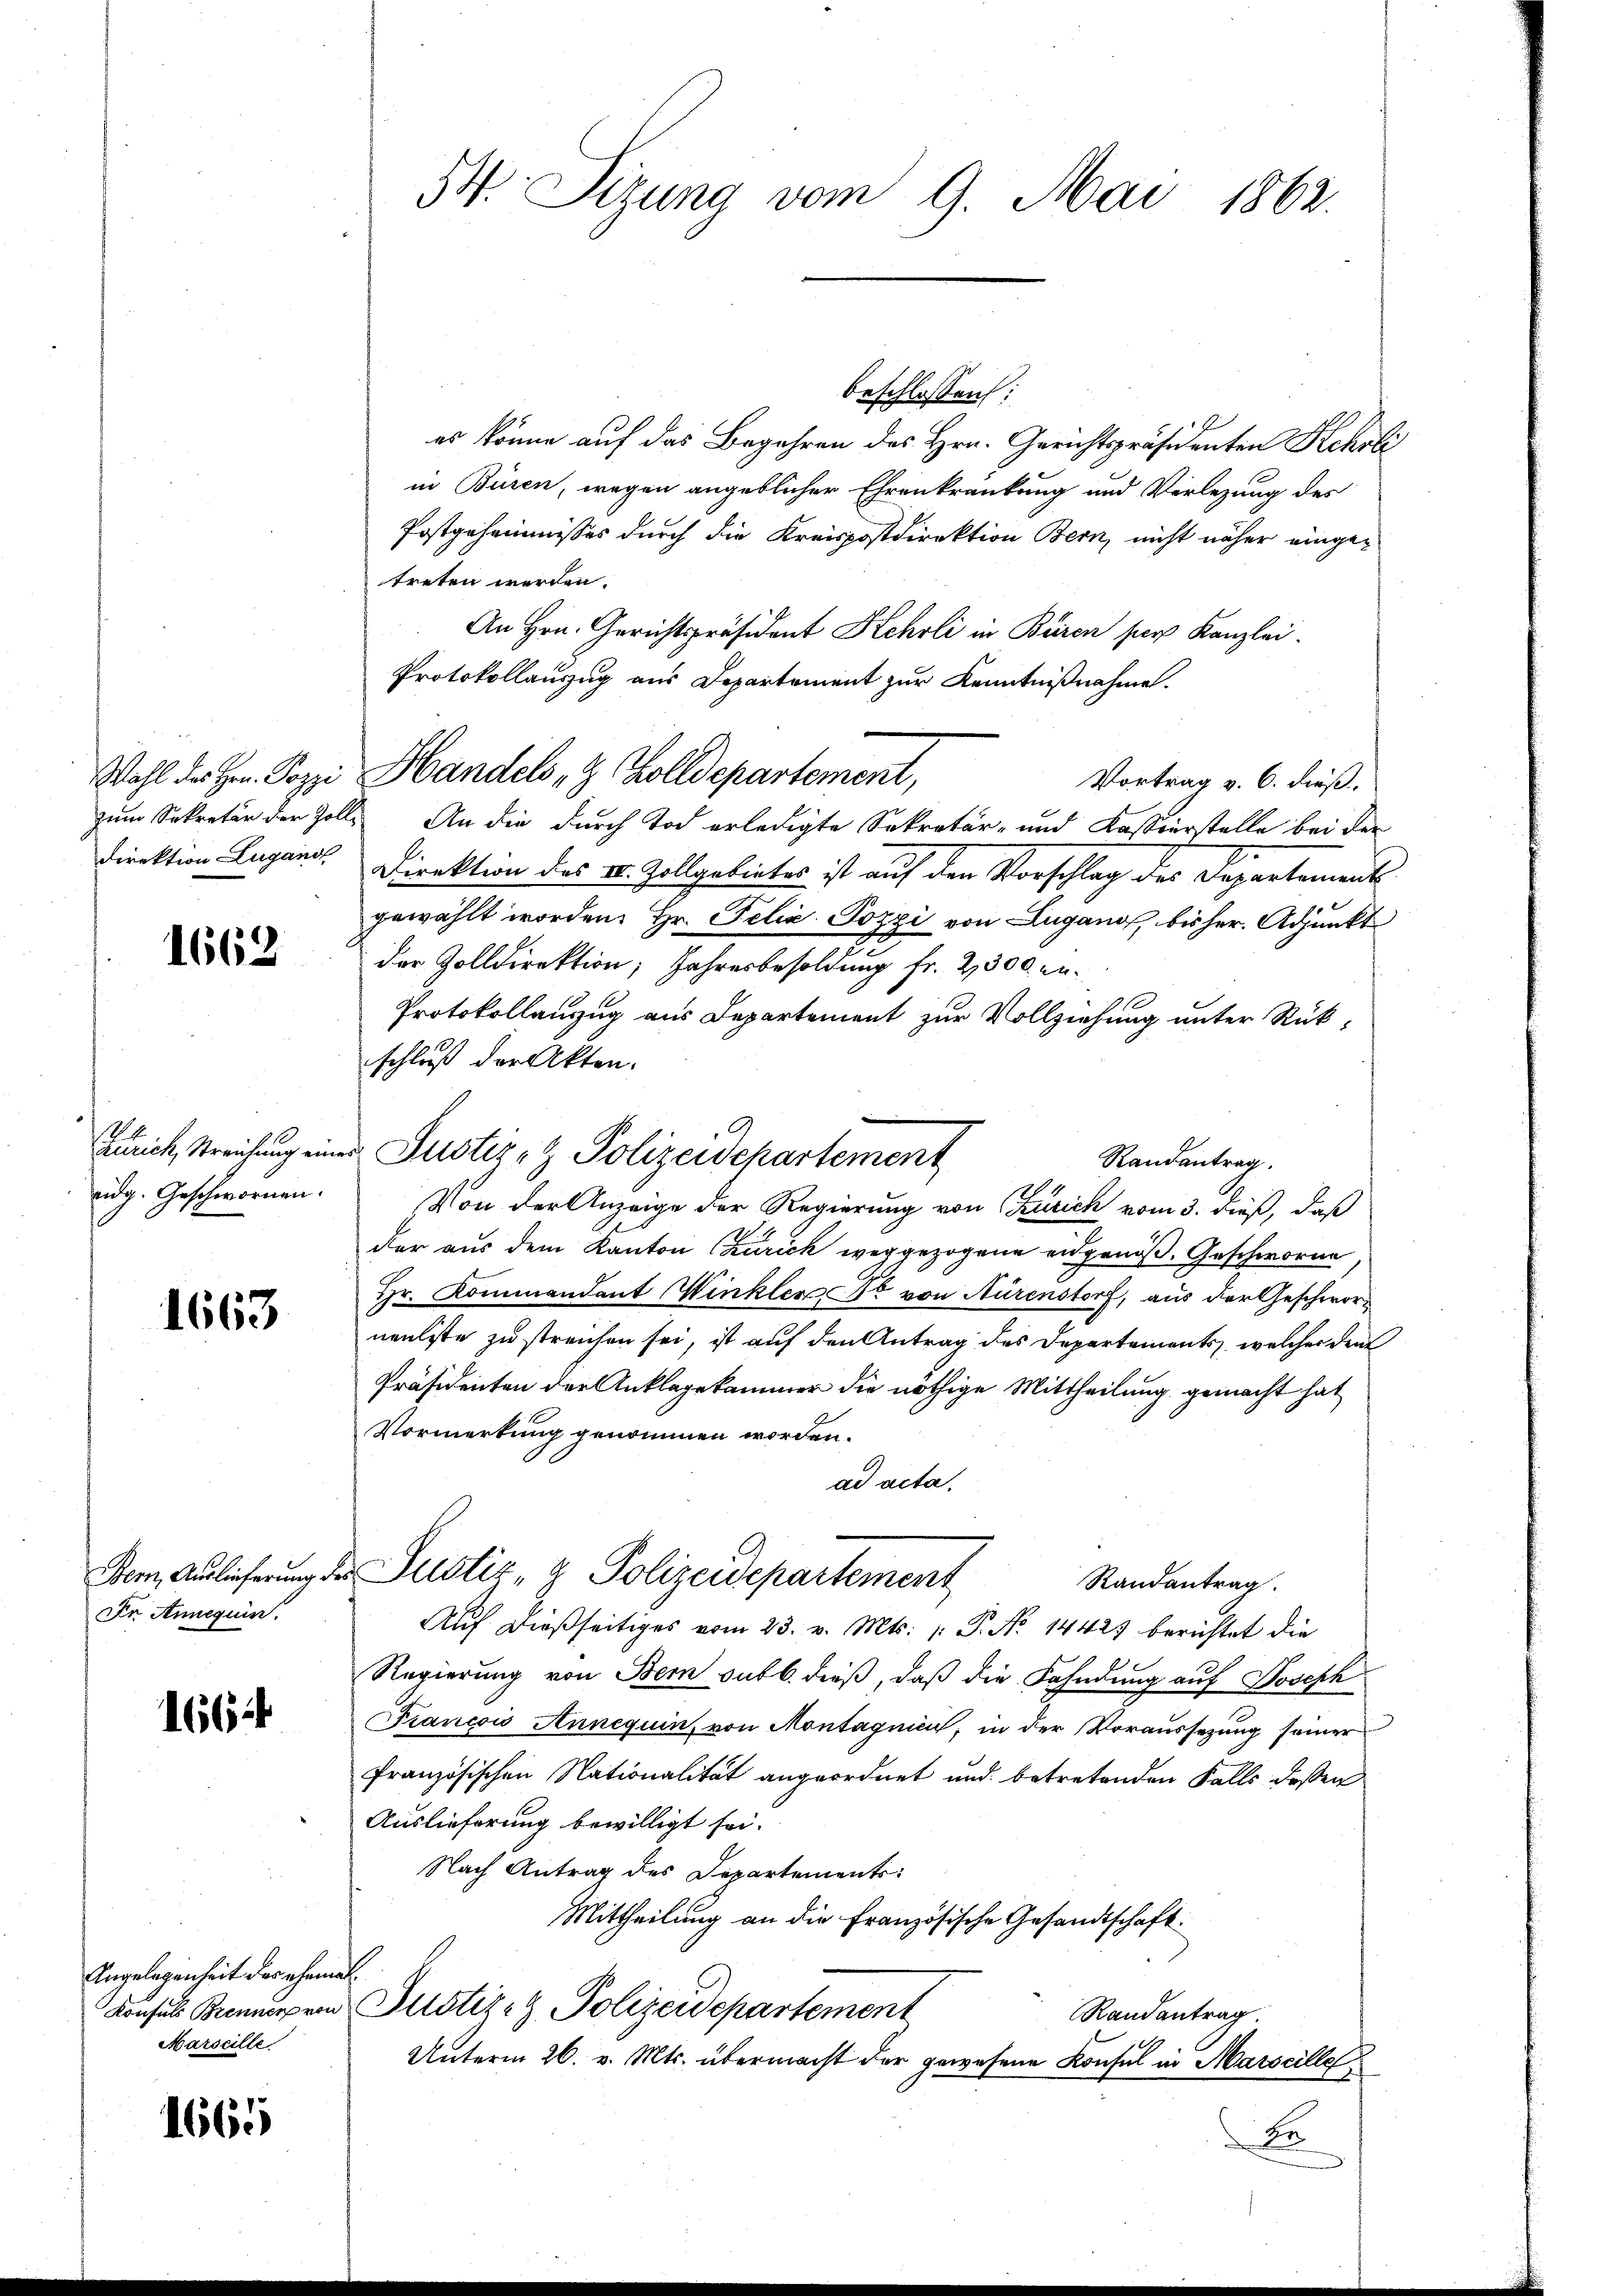
1662

idg. Geschwornen.

1663

Dr Anneguin

1664

Angelegenheit der ehemal
Marseille

1665

54. Sizung vom 9. Mai 1862.

beschlossen:
es könne auf das Begehren des Hrn. Gerichtspräsidenten Kehrli
in Büren, wegen angeblicher Ehrenkrankung und Verlegung des
Postgeheimnisses durch die Kreispostdirektion Bern, nicht näher eingetreten werden.
An Hrn. Gerichtspräsident Kehrli in Büren per Kanzlei-
Protokollauszug aus Departement zur Kenntnißnahme.
Vortrag v. 6. dieß.
zum Sekretär der Zolle An die durch Tod erledigte Sekretär- und Kassierstelle bei der
Direktion Lugans, Direktion des IV. Zollgebietes ist auf den Vorschlag des Departement
gewählt worden. Hr. Felix Pozzi von Lugano, bisher. Adjunkt
e
der Zolldirektion; Jahresbesoldung fr. 2300. an¬
Protokollanzug aus Departement zur Vollziehung unter Rückschluß der Akten.
Von der Anzeige der Regierung von Zürich vom 3. dieß, daß
der aus dem Kanton Churich weggezogene eidgenöß. Geschworne
Hr. Kommandant Winkler Fr. von Nürenstorf, aus der Geschworneulste zu streichen sei, ist auf den Antrag des Departements, welcher den
Präsidenten der Anklagekammer die nöthige Mittheilung gemacht hat
Vormerkung genommen worden.
ad acta.
Dem Auslicherung der Justiz- & Polizeidepartement
Randantrag.
Aŭf dießseitiges vom 23. v. Mts. /: P. No 14423 berichtet die
Regierung von Bern sub b. dieß, daß die Fahndung auf Joseph
Francois Annequin, von Montagnii, in der Voraussetzung seiner
französischen Nationalität angeordnet und betretenden Falls deßen
Auslieferung bewilligt sei.
Nach Antrag des Departements
Mittheilung an die Französische Gesandtschaft:
Konsuls Brennerpro Justiz- & Polizeidepartement
Randantrag
Unterm 26. v. Mts. übermacht der gewesene Konsul in Marseille
Be

Wahl des Hrn. Pozzi Handels , 9 Zolldepartement,

Zürich, Streichung einer Justiz- & Polizeidepartement

Randantrag.